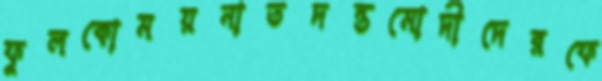
ফুলকোময়নাতদন্তমোদীদেরফে